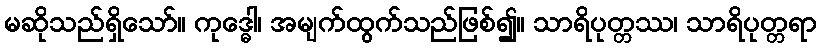
မဆိုသည်ရှိသော်။ ကုဒ္ဓေါ၊ အမျက်ထွက်သည်ဖြစ်၍။ သာရိပုတ္တဿ၊ သာရိပုတ္တရာ